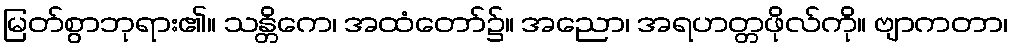
မြတ်စွာဘုရား၏။ သန္တိကေ၊ အထံတော်၌။ အညော၊ အရဟတ္တဖိုလ်ကို။ ဗျာကတာ၊